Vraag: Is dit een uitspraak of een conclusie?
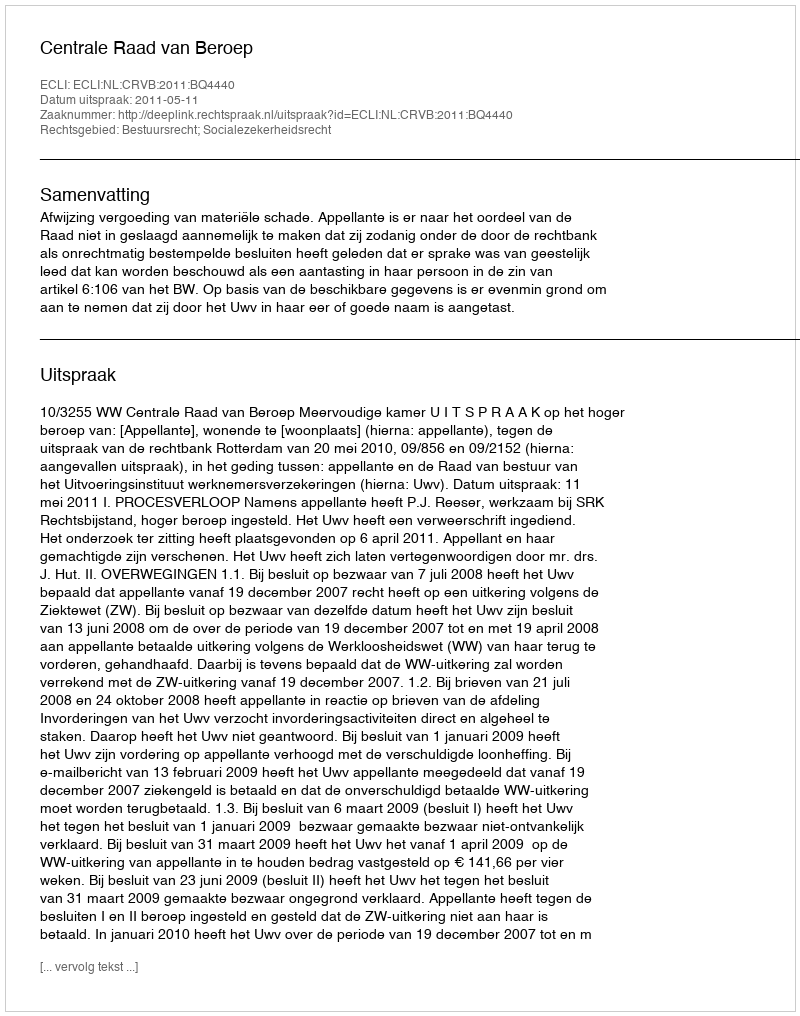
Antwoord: Uitspraak